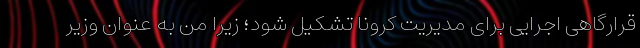
قرارگاهی اجرایی برای مدیریت کرونا تشکیل شود؛ زیرا من به عنوان وزیر